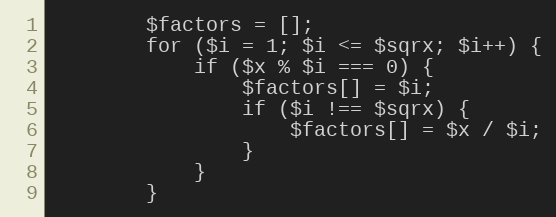
Language: PHP
        $factors = [];
        for ($i = 1; $i <= $sqrx; $i++) {
            if ($x % $i === 0) {
                $factors[] = $i;
                if ($i !== $sqrx) {
                    $factors[] = $x / $i;
                }
            }
        }